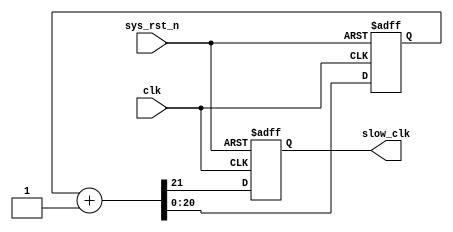
module clock_divider(clk, sys_rst_n, slow_clk);
    input wire clk;
    input wire sys_rst_n;
    output reg slow_clk;

    parameter COUNTER_SIZE = 21;
    parameter INCREMENT = 1'd1;

    reg [COUNTER_SIZE-1:0] count;
    reg pulse;

    always @ (posedge clk or negedge sys_rst_n)
    begin
        if (!sys_rst_n)
            {slow_clk, count} <= 0;
        else
            {slow_clk, count} <= count + INCREMENT;
    end
endmodule